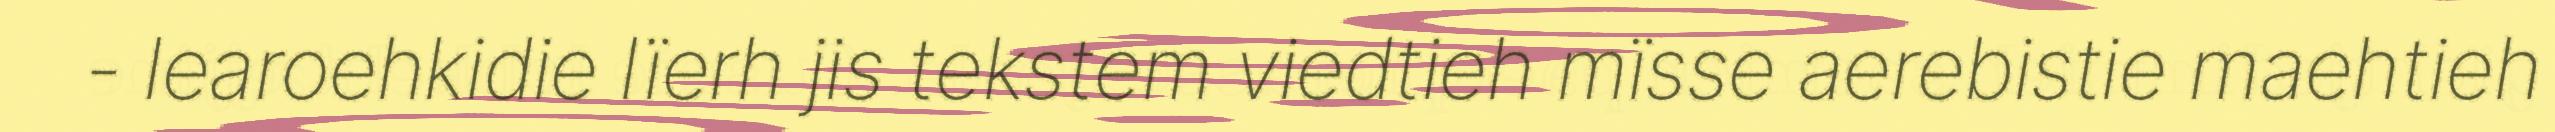
- learoehkidie lïerh jis tekstem viedtieh mïsse aerebistie maehtieh